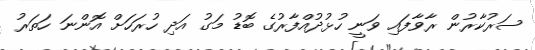
ސަރުކާރުން ރާވާފައި ވަނީ ހުޅުދުއްފާރުގެ ބޮޑު މަގު އަދި ހުރަހަށް އޮންނަ ހަތަރު